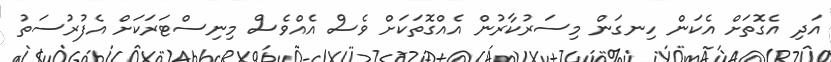
އަދި އެގޮތަށް އެކަން ހިނގަން މިސަރުކާރުން އެއްގޮތަކަށް ވެސް އެއްވެސް މިނިސްޓަރަކަށް އެފުރުސަތު